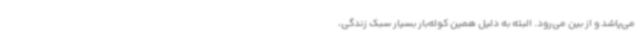
می‌پاشد و از بین می‌رود. البته به دلیل همین کوله‌بار بسیار سبک زندگی،